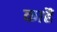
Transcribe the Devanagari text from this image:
काहैं